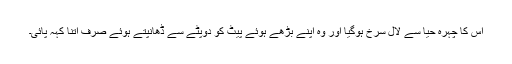
اس کا چہرہ حیا سے لال سرخ ہوگیا اور وہ اپنے بڑھے ہوئے پیٹ کو دوپٹے سے ڈھانپتے ہوئے صرف اتنا کہہ پائی۔